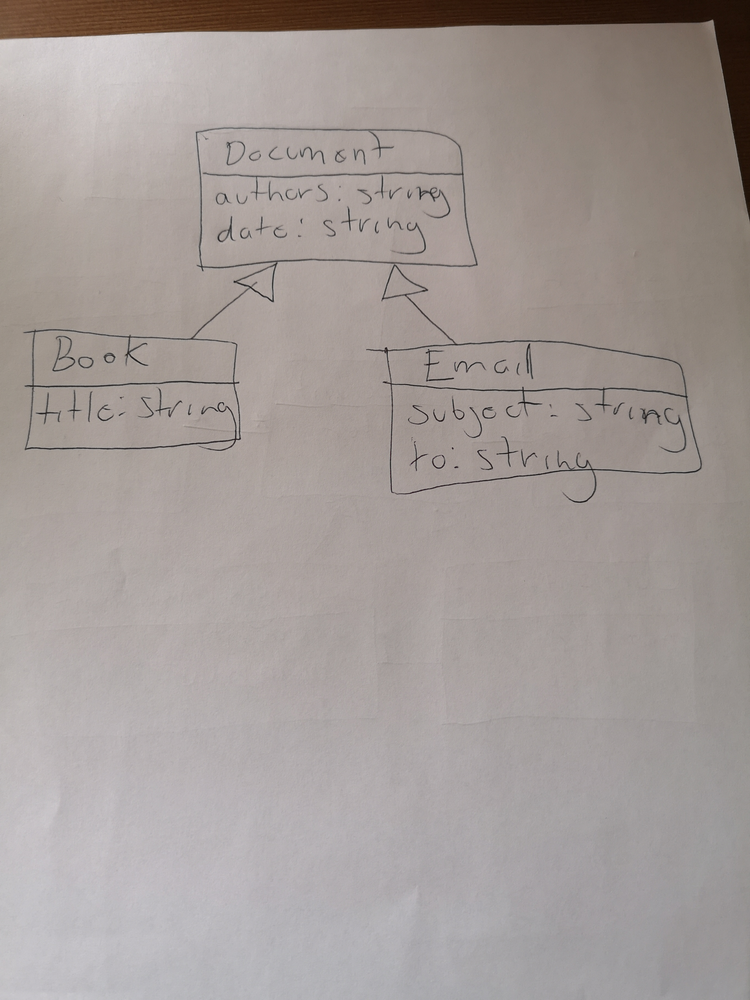
Diagram type: class_diagram
```plantuml
@startuml

skinParam groupInheritance 2

class Document {
  authors: string
  date: string
}

class Book extends Document {
  title: string
}

class Email extends Document {
  subject: string
  to: string
}

@enduml
```